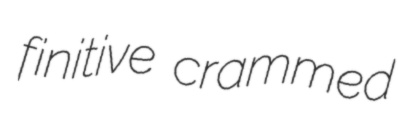
finitive crammed